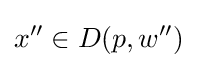
x''\in D(p,w'')